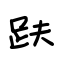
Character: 趺